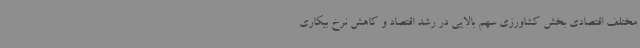
مختلف اقتصادی بخش کشاورزی سهم بالایی در رشد اقتصاد و کاهش نرخ بیکاری